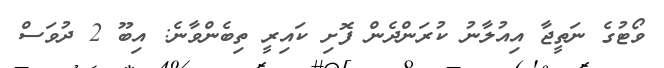
ވޯޓުގެ ނަތީޖާ އިއުލާނު ކުރަންދެން ފޮށި ކައިރީ ތިބެންވާނެ: އިބޫ 2 ދުވަސް